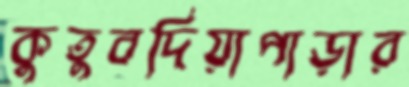
কুতুবদিয়াপাড়ার